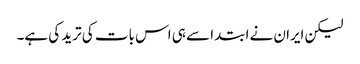
لیکن ایران نے ابتدا سے ہی اس بات کی ترید کی ہے۔